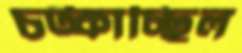
চট্‌কাচ্ছিল